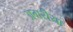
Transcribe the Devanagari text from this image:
अगरीया